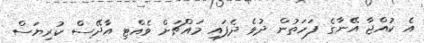
އެ ކުއްޖާ އޭނާގެ ފަހަތުން ދުވެ ދެފައި މައްޗަށް ވެއްޓި އާދޭސް ކުރިޔަސް